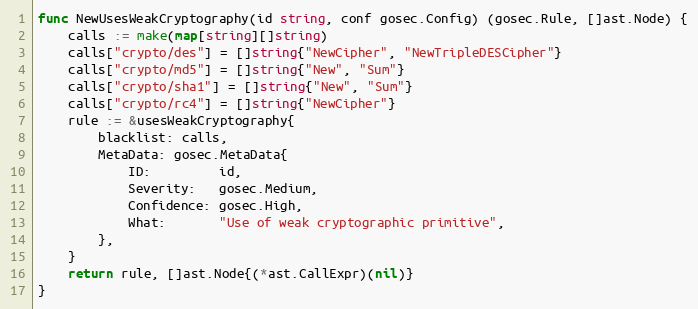
Language: Go
func NewUsesWeakCryptography(id string, conf gosec.Config) (gosec.Rule, []ast.Node) {
	calls := make(map[string][]string)
	calls["crypto/des"] = []string{"NewCipher", "NewTripleDESCipher"}
	calls["crypto/md5"] = []string{"New", "Sum"}
	calls["crypto/sha1"] = []string{"New", "Sum"}
	calls["crypto/rc4"] = []string{"NewCipher"}
	rule := &usesWeakCryptography{
		blacklist: calls,
		MetaData: gosec.MetaData{
			ID:         id,
			Severity:   gosec.Medium,
			Confidence: gosec.High,
			What:       "Use of weak cryptographic primitive",
		},
	}
	return rule, []ast.Node{(*ast.CallExpr)(nil)}
}